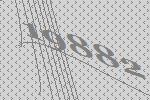
19882